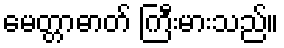
မေတ္တာဓာတ် ကြီးမားသည်။